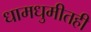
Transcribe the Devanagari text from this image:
धामधुमीतही